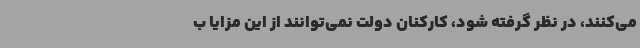
می‌کنند، در نظر گرفته شود، کارکنان دولت نمی‌توانند از این مزایا ب